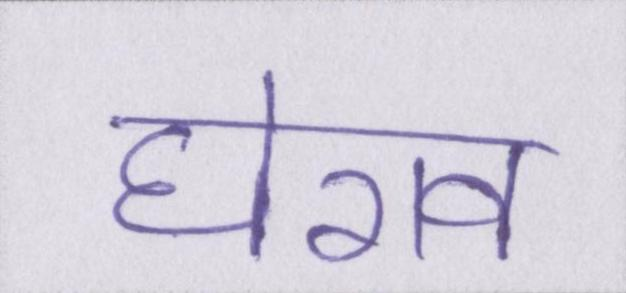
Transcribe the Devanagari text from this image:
घेराव